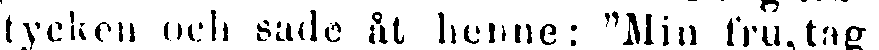
tycken och sade åt henne: "Min fru,tag